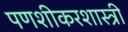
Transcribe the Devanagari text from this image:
पणशीकरशास्त्री